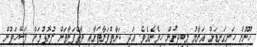
ހޫނުން ހަށިގަނޑަށް އަރާމު ލިބިދިނުން ހިމެނެއެވެ. އަދި ކަނާތްފަރާތަށާއި ވާތްފަރާތަށް ފުރޮޅުމަށް ފަސޭހަވުން